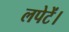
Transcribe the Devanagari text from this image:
लपेटें।